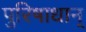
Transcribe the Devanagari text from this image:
पुरिषाधान्